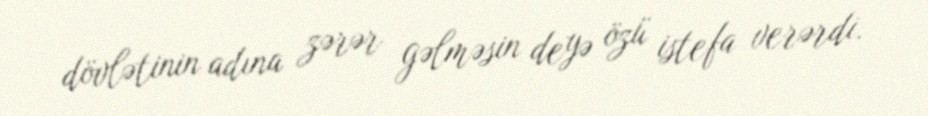
dövlətinin adına zərər gəlməsin deyə özü istefa verərdi.